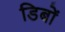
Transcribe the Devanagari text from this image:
डिबों